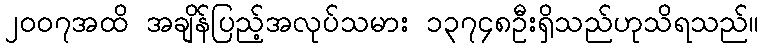
၂၀၀၇အထိ အချိန်ပြည့်အလုပ်သမား ၁၃၇၄၈ဦးရှိသည်ဟုသိရသည်။